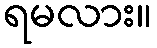
ရမလား။